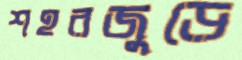
শহরজুড়ে